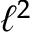
\ell ^ { 2 }